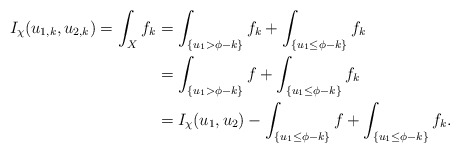
\begin{align*}I_{\chi}(u_{1,k}, u_{2,k}) = \int_{X} f_k &= \int_{\{u_1> \phi-k\}}f_k+ \int_{\{u_1 \le \phi-k\}} f_k\\& =\int_{\{u_1> \phi-k\}} f+ \int_{\{u_1 \le \phi -k\}} f_k\\&= I_\chi(u_1,u_2)- \int_{\{u_1\le \phi -k\}}f + \int_{\{u_1 \le \phi -k\}} f_k.\end{align*}